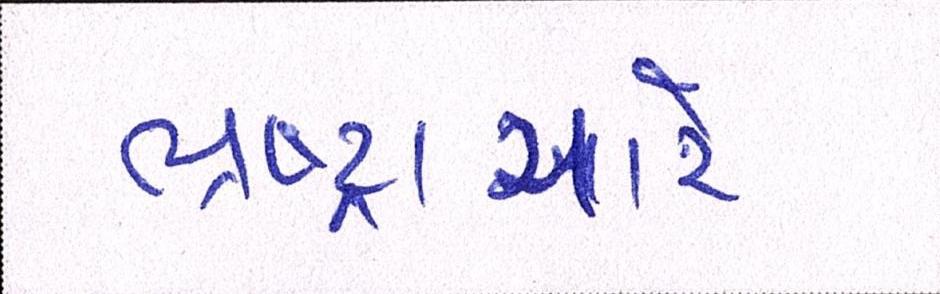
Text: ભ્રષ્ટ્રાચારે